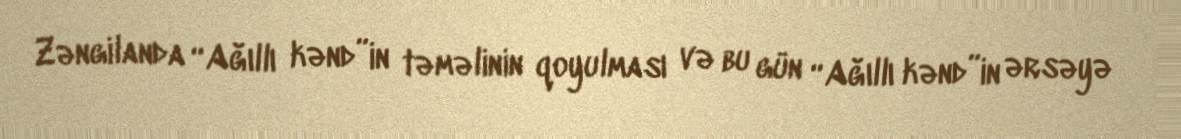
Zəngilanda “Ağıllı kənd”in təməlinin qoyulması və bu gün “Ağıllı kənd”in ərsəyə